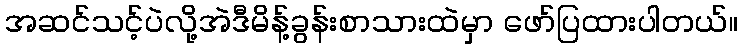
အဆင်သင့်ပဲလို့အဲဒီမိန့်ခွန်းစာသားထဲမှာ ဖော်ပြထားပါတယ်။